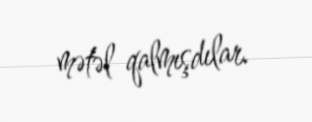
mətəl qalmışdılar.